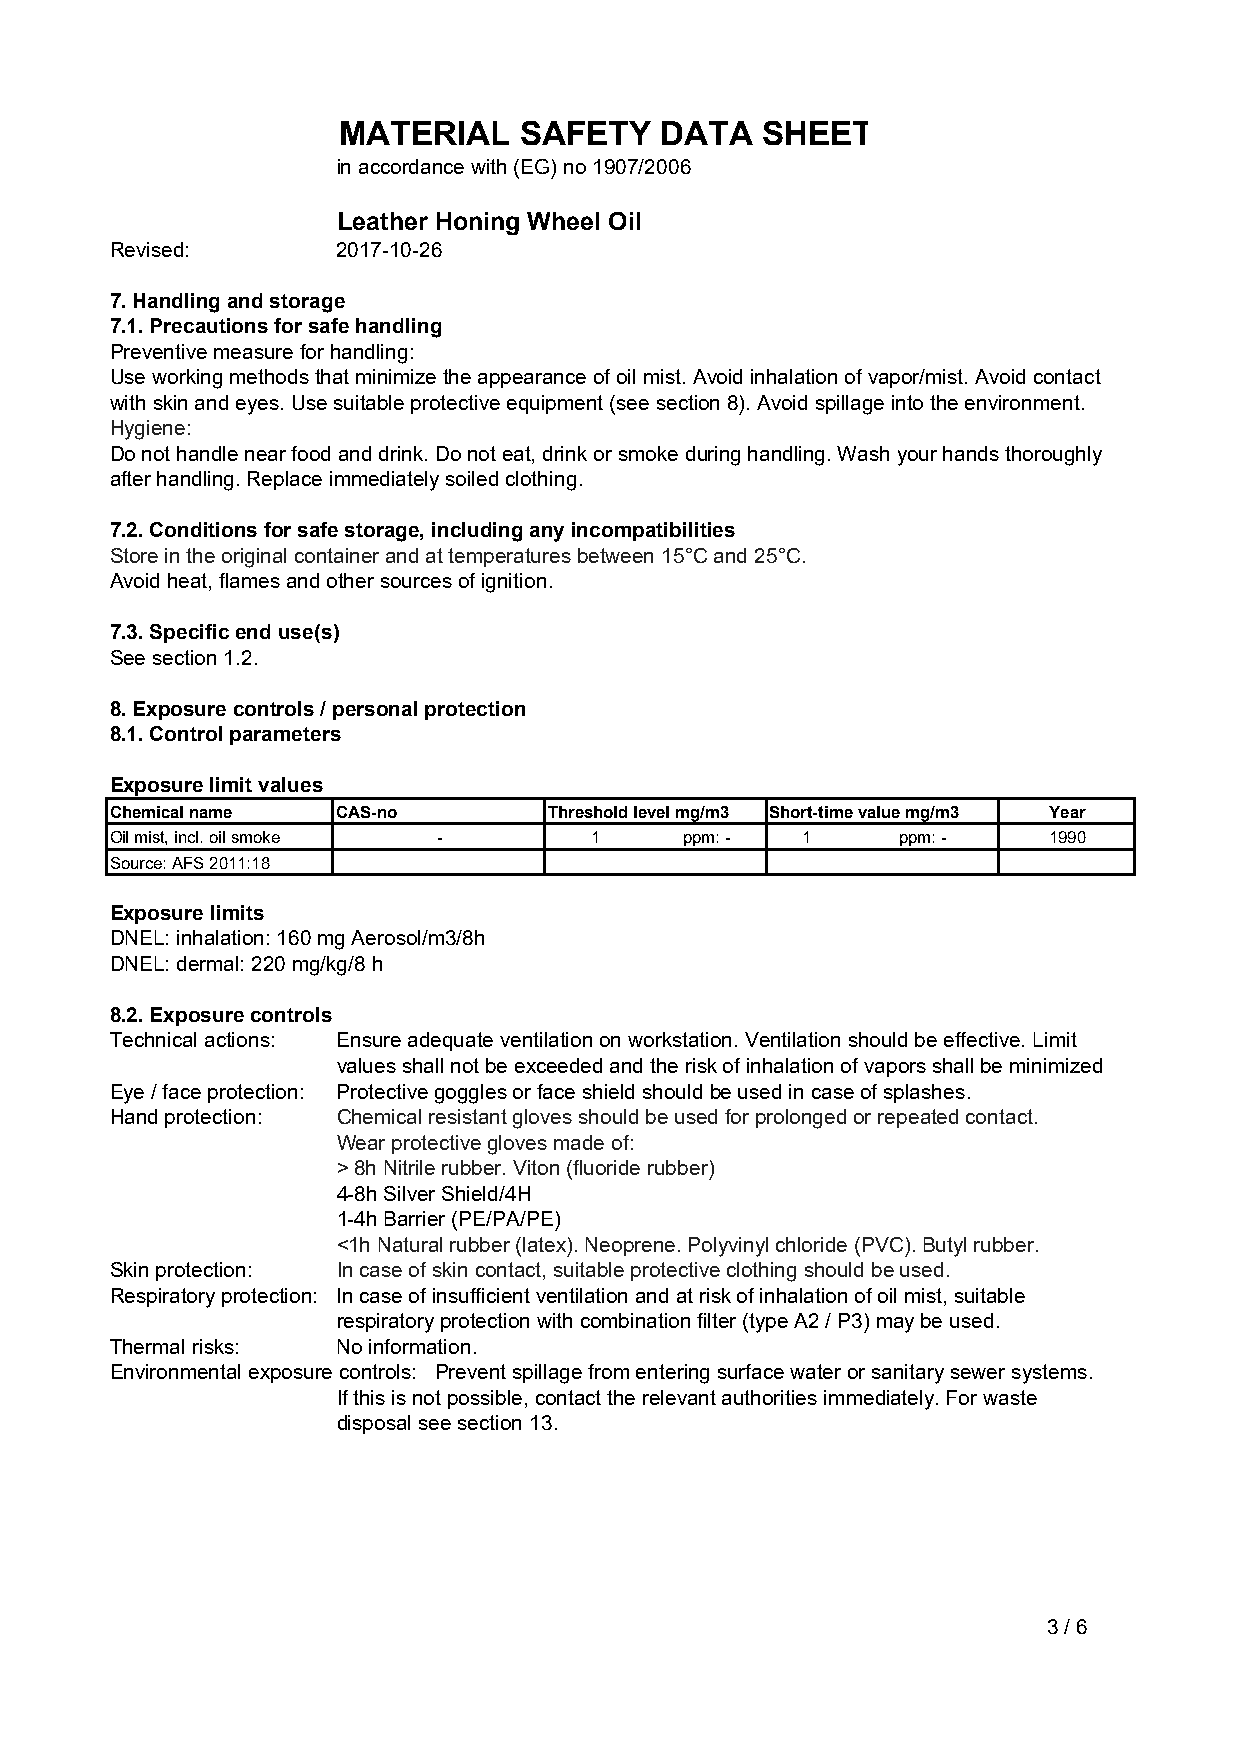
MATERIAL    SAFETY    DATA  SHEET
 in accordance with (EG) no 1907/2006
 Leather Honing Wheel Oil
 Revised:       2017-10-26
 7. Handling and storage
 7.1. Precautions for safe handling
 Preventive measure for handling:
 Use working methods that minimize the appearance of oil mist. Avoid inhalation of vapor/mist. Avoid contact
 with skin and eyes. Use suitable protective equipment (see section 8). Avoid spillage into the environment.
 Hygiene:
 Do not handle near food and drink. Do not eat, drink or smoke during handling. Wash your hands thoroughly
 after handling. Replace immediately soiled clothing.
 7.2. Conditions for safe storage, including any incompatibilities
 Store in the original container and at temperatures between 15°C and 25°C.
 Avoid heat, flames and other sources of ignition.
 7.3. Specific end use(s)
 See section 1.2.
 8. Exposure controls / personal protection
 8.1. Control parameters
 Exposure limit values
 Chemical name  CAS-no        Threshold level mg/m3 Short-time value mg/m3 Year
 Oil mist, incl. oil smoke -     1     ppm: -  1     ppm: -    1990
 Source: AFS 2011:18
 Exposure limits
 DNEL: inhalation: 160 mg Aerosol/m3/8h
 DNEL: dermal: 220 mg/kg/8 h
 8.2. Exposure controls
 Technical actions: Ensure adequate ventilation on workstation. Ventilation should be effective. Limit
 values shall not be exceeded and the risk of inhalation of vapors shall be minimized
 Eye / face protection: Protective goggles or face shield should be used in case of splashes.
 Hand protection: Chemical resistant gloves should be used for prolonged or repeated contact.
 Wear protective gloves made of:
 > 8h Nitrile rubber. Viton (fluoride rubber)
 4-8h Silver Shield/4H
 1-4h Barrier (PE/PA/PE)
 <1h Natural rubber (latex). Neoprene. Polyvinyl chloride (PVC). Butyl rubber.
 Skin protection: In case of skin contact, suitable protective clothing should be used.
 Respiratory protection: In case of insufficient ventilation and at risk of inhalation of oil mist, suitable
 respiratory protection with combination filter (type A2 / P3) may be used.
 Thermal risks: No information.
 Environmental exposure controls: Prevent spillage from entering surface water or sanitary sewer systems.
 If this is not possible, contact the relevant authorities immediately. For waste
 disposal see section 13.
 3 / 6